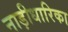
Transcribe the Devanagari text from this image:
नाड़ीधारिका